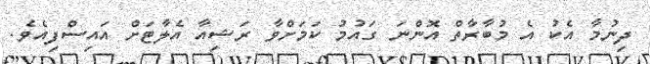
ދިނުމާ އެކު އެ މުބާރާތް އޮންނަ ގައުމު ކަމަށްވާ ރަޝިއާ އެލާޓަށް އައިސްފިއެވެ.